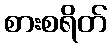
စားစရိတ်